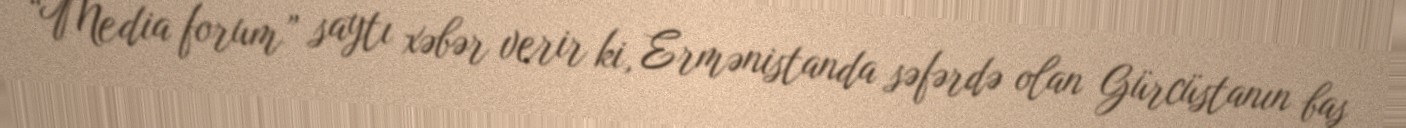
“Media forum” saytı xəbər verir ki, Ermənistanda səfərdə olan Gürcüstanın baş